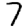
Digit: 7